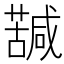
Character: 𮒀